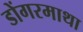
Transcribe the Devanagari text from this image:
डोंगरमाथा